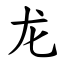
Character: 龙